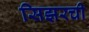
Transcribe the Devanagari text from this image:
सिझरची